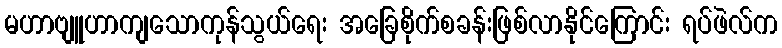
မဟာဗျူဟာကျသောကုန်သွယ်ရေး အခြေစိုက်စခန်းဖြစ်လာနိုင်ကြောင်း ရပ်ဖဲလ်က